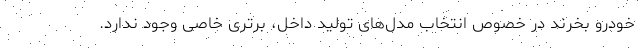
خودرو بخرند در خصوص انتخاب مدل‌های تولید داخل، برتری خاصی وجود ندارد.